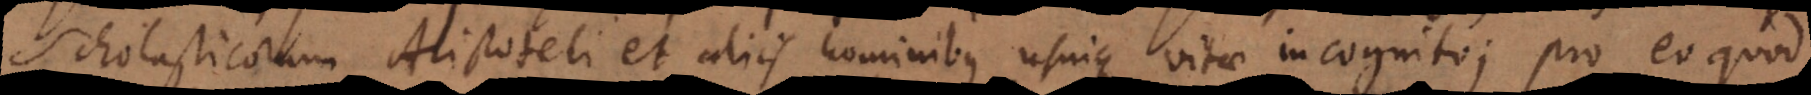
Scholasticorum Aristoteli et aliis hominibus usuique vitae incognito; pro eo quod